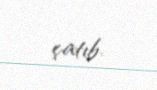
çatıb.